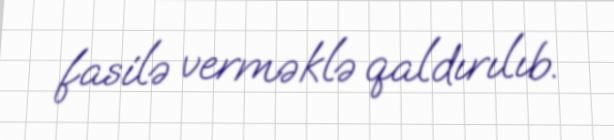
fasilə verməklə qaldırılıb.